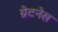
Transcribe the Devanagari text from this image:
ग्रेटनेस